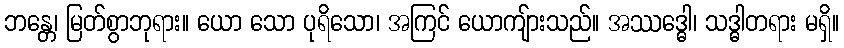
ဘန္တေ၊ မြတ်စွာဘုရား။ ယော သော ပုရိသော၊ အကြင် ယောကျ်ားသည်။ အဿဒ္ဓေါ၊ သဒ္ဓါတရား မရှိ။